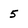
Character: 5